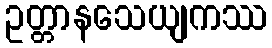
ဥတ္တာနသေယျကဿ